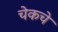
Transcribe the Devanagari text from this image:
चेकचे